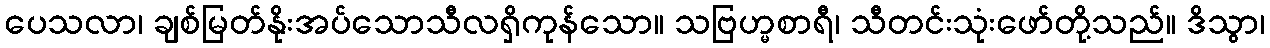
ပေသလာ၊ ချစ်မြတ်နိုးအပ်သောသီလရှိကုန်သော။ သဗြဟ္မစာရီ၊ သီတင်းသုံးဖော်တို့သည်။ ဒိသွာ၊